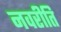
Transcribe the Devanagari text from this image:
नवरीति